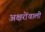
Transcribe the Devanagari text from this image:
अक्षरोंवाली